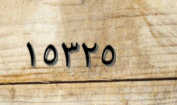
١٥٣٢٥